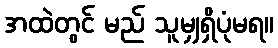
အထဲတွင် မည် သူမျှရှိပုံမရ။